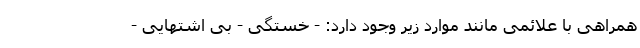
همراهی با علائمی مانند موارد زیر وجود دارد: - خستگی - بی اشتهایی -